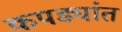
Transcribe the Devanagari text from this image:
कपड्यांत